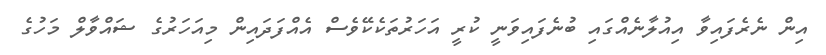
އިން ނެރެފައިވާ އިއުލާނެއްގައި ބުނެފައިވަނީ ކުރީ އަހަރުތަކެކޭވެސް އެއްފަދައިން މިއަހަރުގެ ޝައްވާލް މަހުގެ